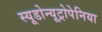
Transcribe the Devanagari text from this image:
स्यूडोन्यूट्रोपेनिया